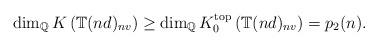
LaTeX: \begin{align*}\dim_{\mathbb{Q}} K\left(\mathbb{T}(nd)_{nv}\right) \geq \dim_{\mathbb{Q}} K_0^{\mathrm{top}}\left(\mathbb{T}(nd)_{nv}\right)= p_2(n).\end{align*}